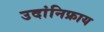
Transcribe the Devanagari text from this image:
उदांनिफ्राय